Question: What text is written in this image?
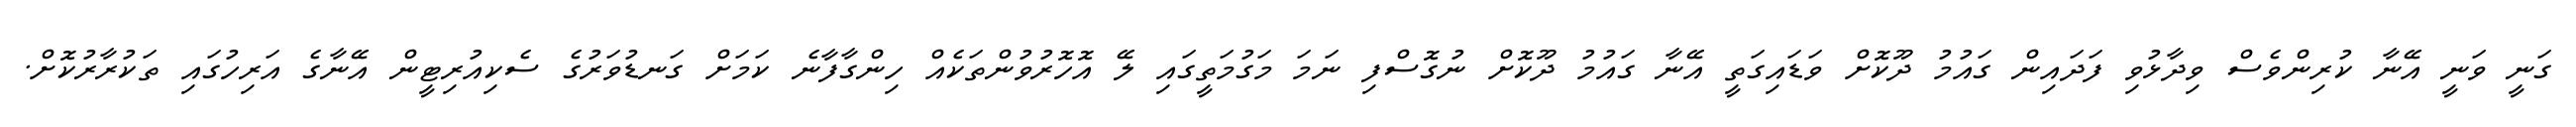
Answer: ގަނީ ވަނީ އޭނާ ކުރިންވެސް ވިދާޅުވި ފަދައިން ގައުމު ދޫކޮށް ވަޑައިގަތީ އޭނާ ގައުމު ދޫކޮށް ނުގޮސްފި ނަމަ މަގުމަތީގައި ލޭ އޮހޮރުވުންތަކެއް ހިންގާފާނެ ކަމަށް ގަނޑުވަރުގެ ސެކިއުރިޓީން އޭނާގެ އަރިހުގައި ތަކުރާރުކޮށް.